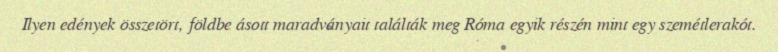
Ilyen edények összetört, földbe ásott maradványait találták meg Róma egyik részén mint egy szemétlerakót.